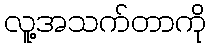
လူ့အသက်တာကို